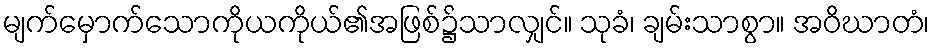
မျက်မှောက်သောကိုယကိုယ်၏အဖြစ်၌သာလျှင်။ သုခံ၊ ချမ်းသာစွာ။ အဝိဃာတံ၊